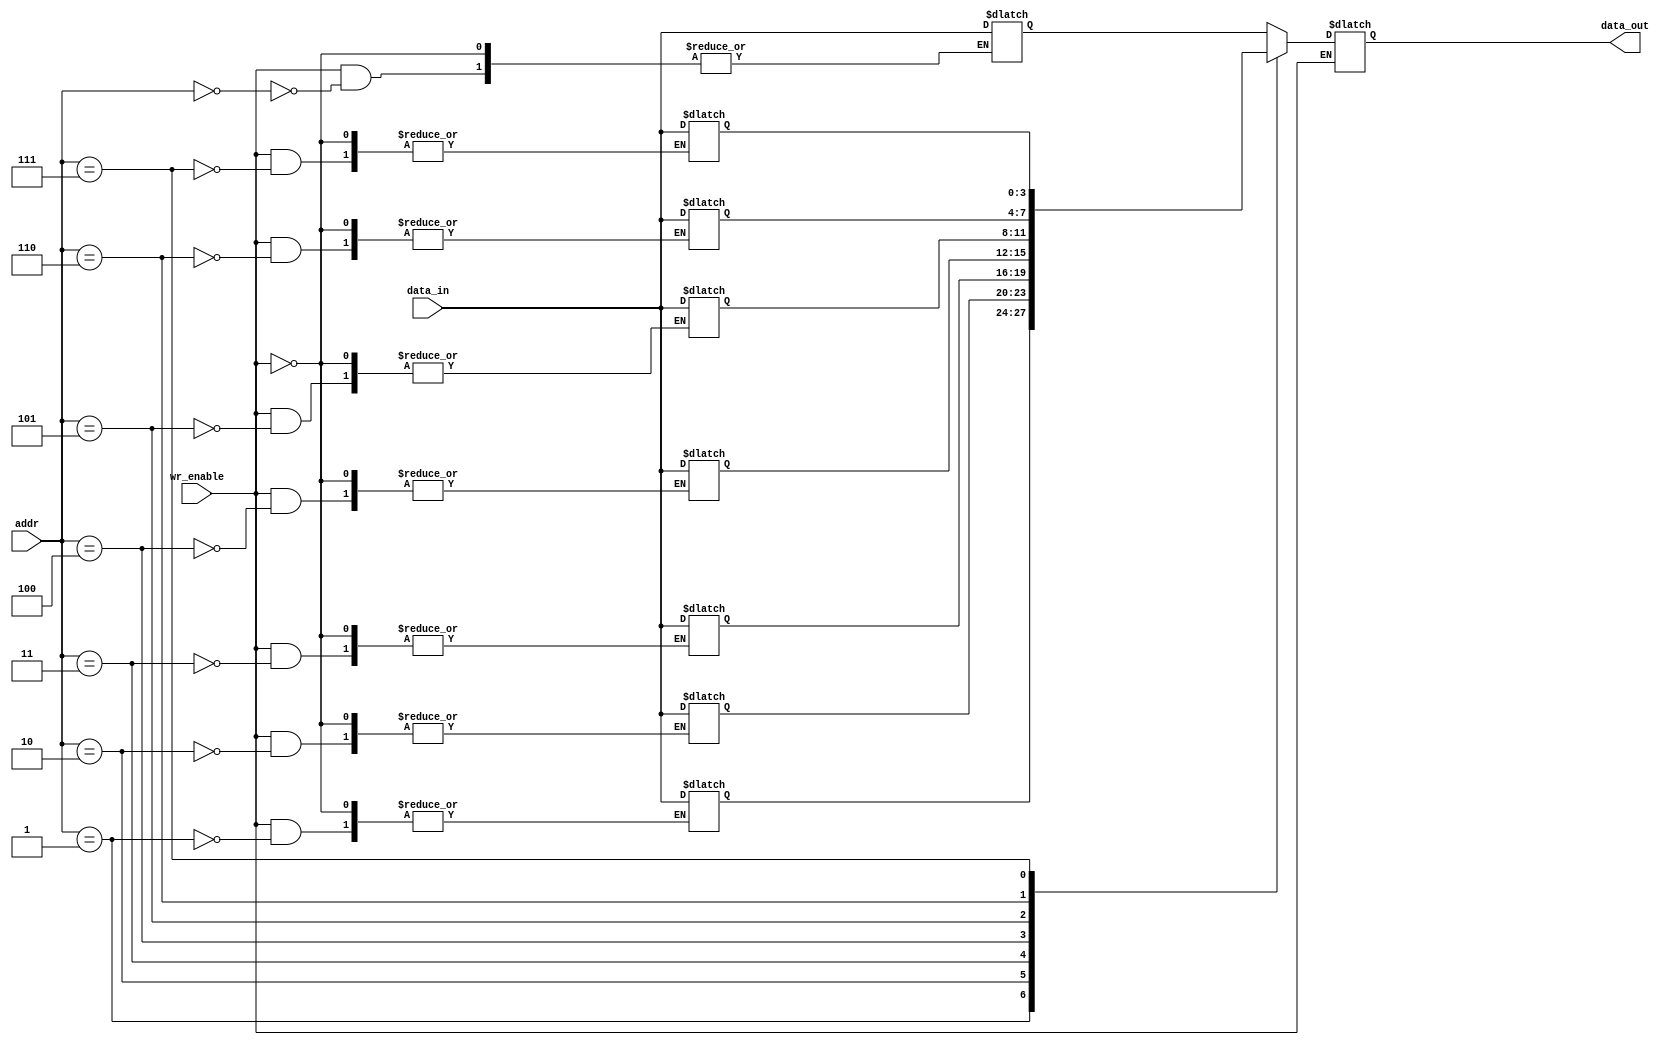
`timescale 1ns / 1ps
//////////////////////////////////////////////////////////////////////////////////
// Company: 
// Engineer: 
// 
// Design Name: 
// Module Name: memory_8x4
// Project Name: 
// Target Devices: 
// Tool Versions: 
// Description: 
// 
// Dependencies: 
// 
// Revision:
// Revision 0.01 - File Created
// Additional Comments:
// 
//////////////////////////////////////////////////////////////////////////////////


module memory_8x4(
    input [2:0] addr,
    input [3:0] data_in,
    input wr_enable,
    output reg [3:0] data_out
);
    reg [3:0] mem [0:7]; 
    always @(*) begin
        if (wr_enable) // Write operation
            mem[addr] <= data_in;
        else // Read operation
            data_out <= mem[addr];
    end
endmodule